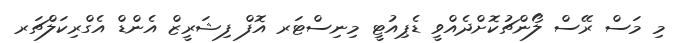
މި މަސް ރޭސް ލޯންޗުކޮށްދެއްވީ ޑެޕިއުޓީ މިނިސްޓަރ އޮފް ފިޝަރީޒް އެންޑް އެގްރިކަލްޗަރ